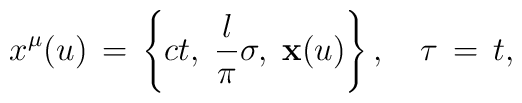
x^{\mu}(u)\,=\,\left\{ct,\;\frac{l}{\pi}\sigma,\;{\bf x}(u)\right\},\quad \tau \,=\,t,